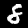
Label: 8